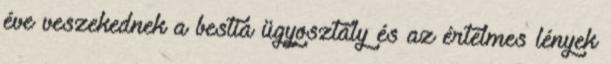
éve veszekednek a bestia ügyosztály és az értelmes lények